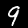
Digit: 9